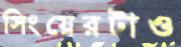
সিংয়েরটাও